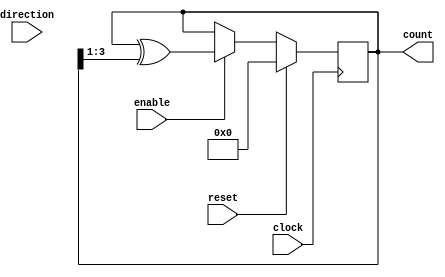
module GrayCounter (
  input clock,
  input reset,
  input enable,
  input direction,
  output reg [3:0] count
);

reg [3:0] next_count;

always @ (posedge clock) begin
  if (reset) begin
    count <= 4'b0000;
  end else if (enable) begin
    if (direction) begin // Increment
      next_count = count + 1;
    end else begin // Decrement
      next_count = count - 1;
    end

    // Gray code conversion
    next_count = count ^ (count >> 1);

    count <= next_count;
  end
end

endmodule